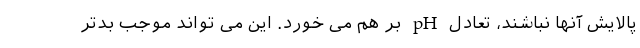
پالایش آنها نباشند، تعادل pH بر هم می خورد. این می تواند موجب بدتر